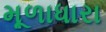
મૂળાધારા